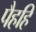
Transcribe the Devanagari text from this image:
पैहहि